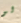
لو